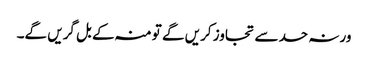
ورنہ حد سے تجاوز کریں گے تو منہ کے بل گریں گے۔